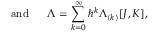
\mathrm { ~ ~ ~ ~ ~ a n d ~ ~ ~ ~ ~ } \Lambda = \sum _ { k = 0 } ^ { \infty } \hbar ^ { k } \Lambda _ { ( k ) } [ J , K ] ,